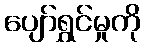
ပျော်ရွှင်မှုကို